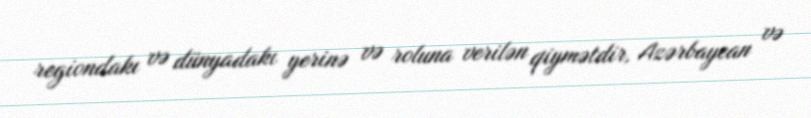
regiondakı və dünyadakı yerinə və roluna verilən qiymətdir, Azərbaycan və